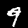
Digit: 9